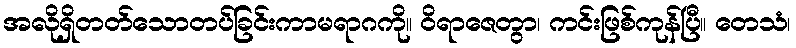
အလိုရှိတတ်သောတပ်ခြင်းကာမရာဂကို။ ဝိရာဇေတွာ၊ ကင်းဖြစ်ကုန်ပြီ။ တေသံ၊